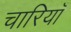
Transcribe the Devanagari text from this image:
चारियाँ